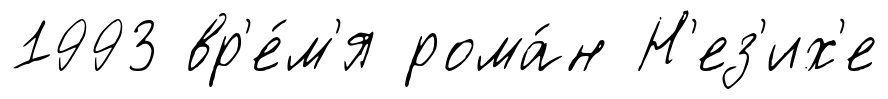
1993 вр'е́м'я рома́н Н'ез'их'е